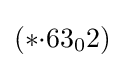
(*{\cdot }63_{0}2)